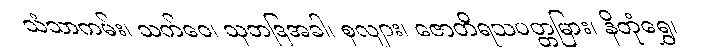
သံသာကမ်း၊ သက်ဝေ၊ သုဘဒြအခါ၊ စုလျား၊ ဇောတိရသပတ္တမြား၊ နိတုံရွှေ၊